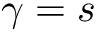
\gamma = s